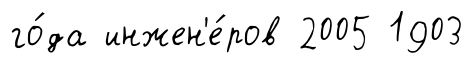
го́да инжен'е́ров 2005 1903